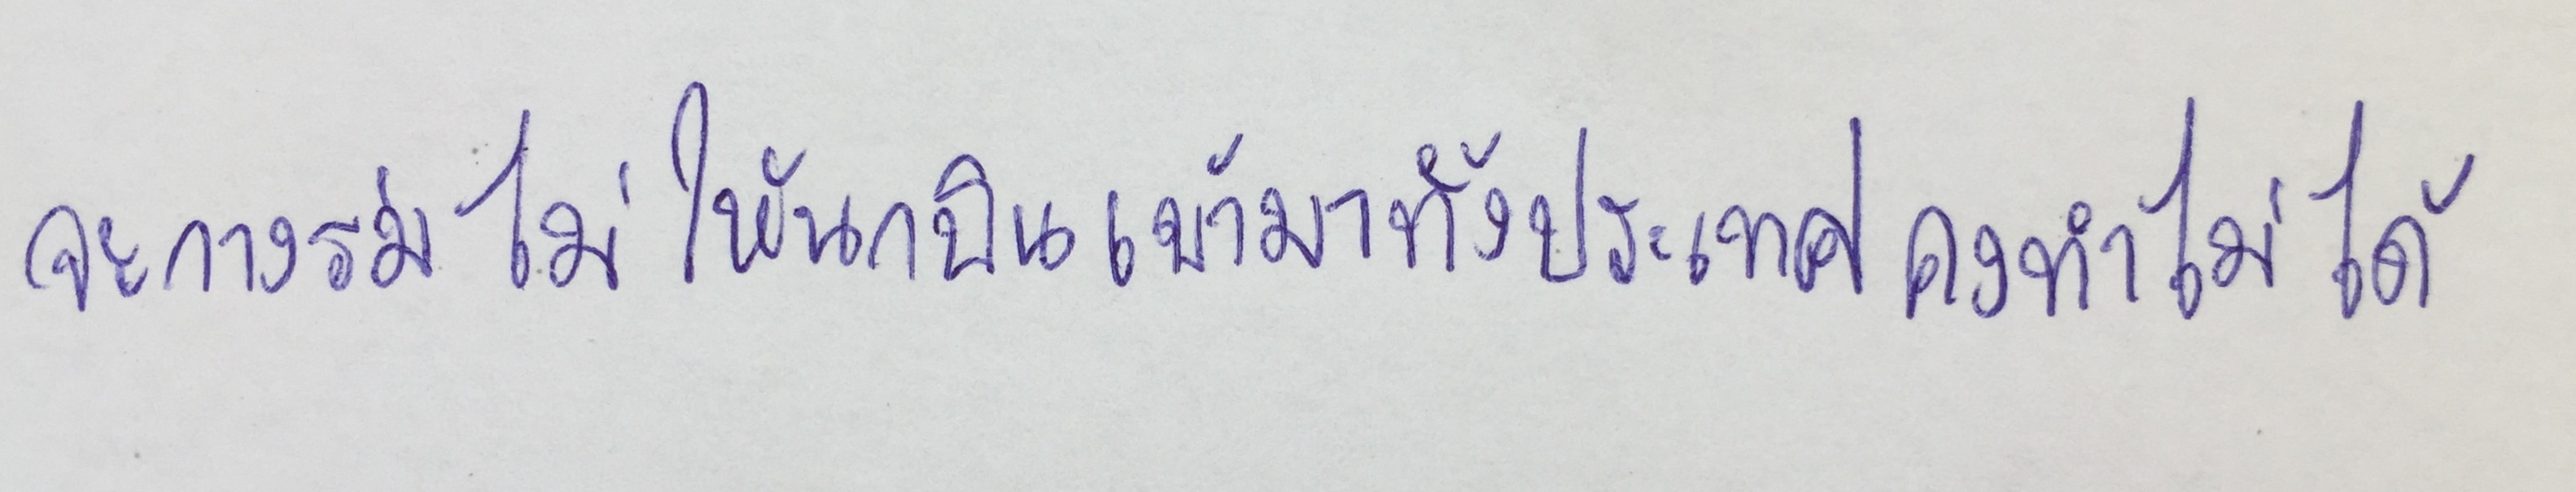
จะกางร่มไม่ให้นกบินเข้ามาทั้งประเทศคงทำไม่ได้